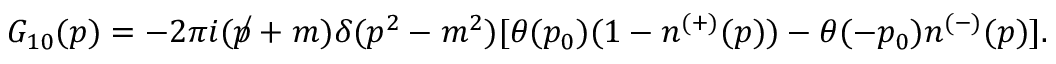
G _ { 1 0 } ( p ) = - 2 \pi i ( \not p + m ) \delta ( p ^ { 2 } - m ^ { 2 } ) [ \theta ( p _ { 0 } ) ( 1 - n ^ { ( + ) } ( p ) ) - \theta ( - p _ { 0 } ) n ^ { ( - ) } ( p ) ] .